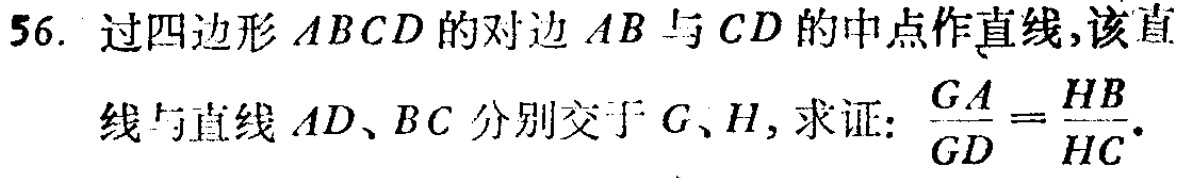
56. 过四边形\(ABCD\)的对边\(AB\)与\(CD\)的中点作直线,该直
线与直线\(AD、BC\)分别交于\(G、H\), 求证: \(\frac{GA}{GD}=\frac{HB}{HC}\).